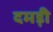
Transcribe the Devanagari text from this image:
दमड़ी